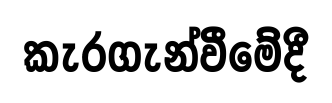
කැරගැන්වීමේදී